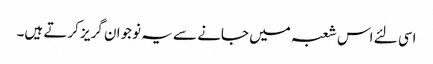
اسی لئے اس شعبہ میں جانے سے یہ نوجوان گریز کرتے ہیں۔